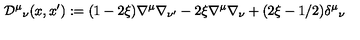
{ \cal D } ^ { \mu } { } _ { \nu } ( x , x ^ { \prime } ) : = ( 1 - 2 \xi ) \nabla ^ { \mu } \nabla _ { \nu ^ { \prime } } - 2 \xi \nabla ^ { \mu } \nabla _ { \nu } + ( 2 \xi - 1 / 2 ) \delta ^ { \mu } { } _ { \nu }